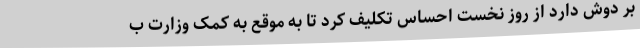
بر دوش دارد از روز نخست احساس تکلیف کرد تا به موقع به کمک وزارت ب